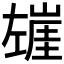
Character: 𰏍